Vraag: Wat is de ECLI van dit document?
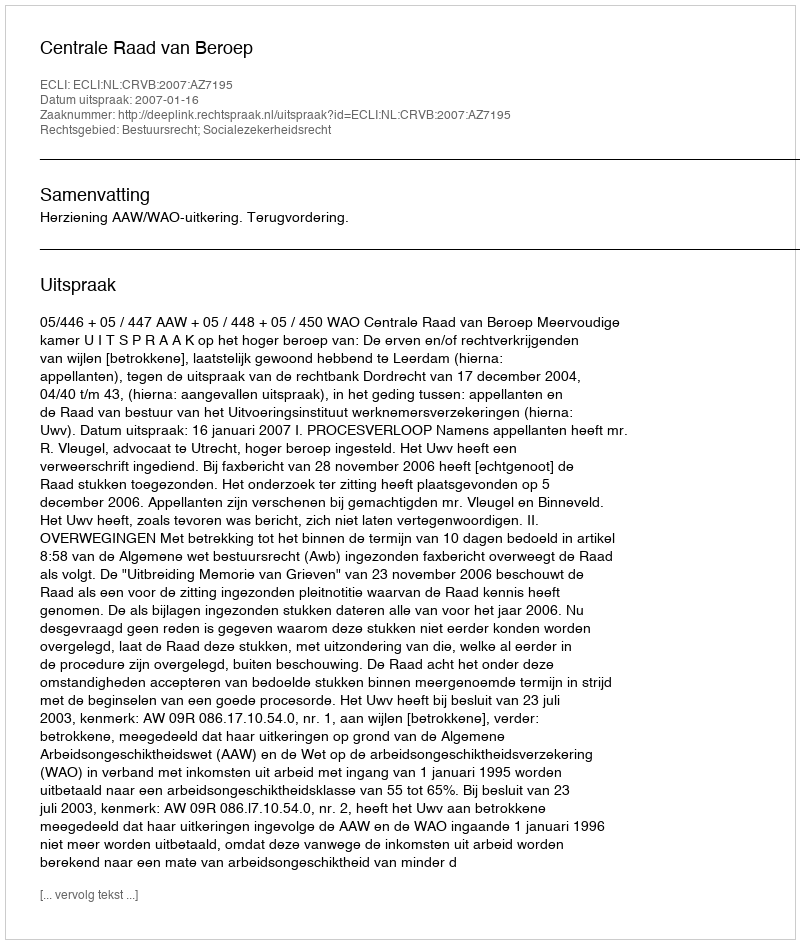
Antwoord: ECLI:NL:CRVB:2007:AZ7195